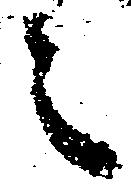
之